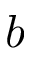
b